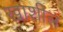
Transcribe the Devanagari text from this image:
खाशील